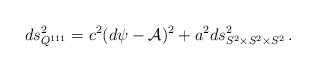
LaTeX: \begin{align*}ds^2_{Q^{111}}=c^2(d\psi-{\cal A})^2+a^2ds^2_{S^2\times S^2\times S^2}\,.\end{align*}